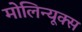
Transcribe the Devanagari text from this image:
मोलिन्यूक्स